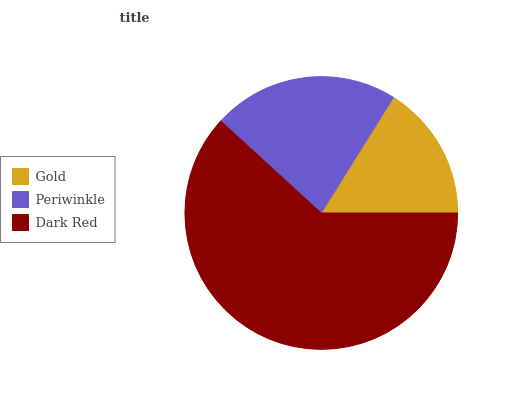
| Gold | Periwinkle | Dark Red |
 | --- | --- | --- |
 | 16.1% | 22.1% | 61.8% |